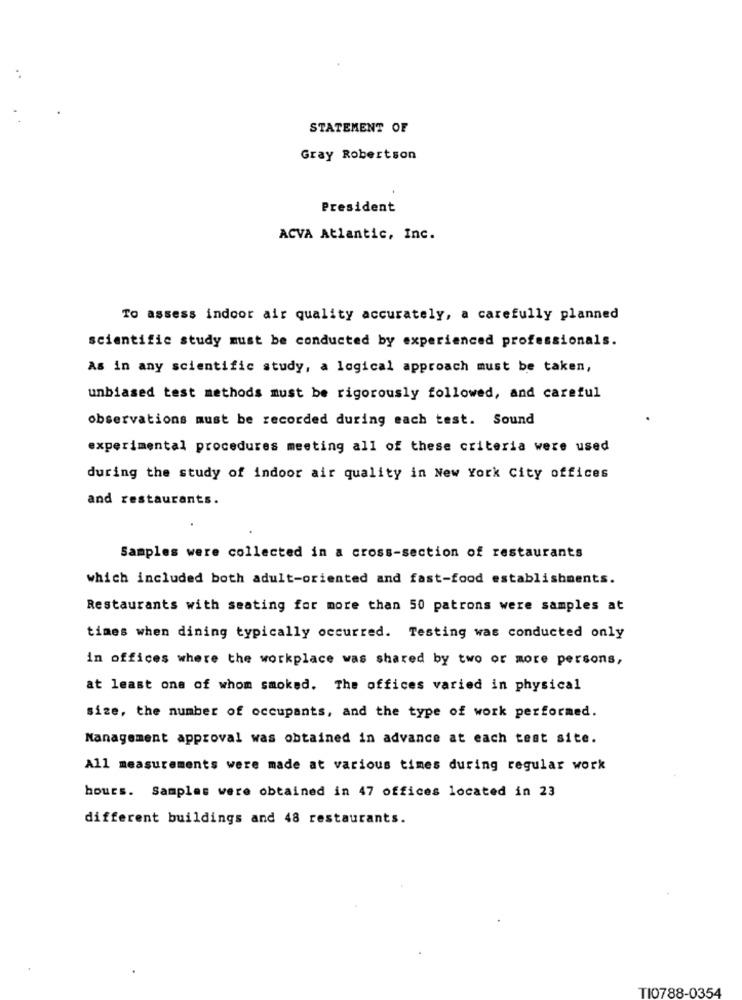
STATEMENT OF
Gray Robertson
President
ACVA Atlantic, Inc.
To assess indoor air quality accurately, a carefully planned
scientific study must be conducted by experienced professionals.
As in any scientific study, a logical approach must be taken,
unbiased test methods must be rigorously followed, and careful
observations must be recorded during each test. Sound
experimental procedures meeting all of these criteria were used
during the study of indoor air quality in New York City offices
and restaurants.
Samples were collected in a cross-section of restaurants
which included both adult-oriented and fast-food establishments.
Restaurants with seating for more than 50 patrons were samples at
times when dining typically occurred. Testing was conducted only
in offices where the workplace was shared by two or more persons,
at least one of whom smoked. The offices varied in physical
size, the number of occupants, and the type of work performed.
Nanagement approval was obtained in advance at each test site.
All measurements were made at various times during regular work
hours. Samples were obtained in 47 offices located in 23
different buildings and 48 restaurants.
TI0788-0354